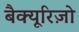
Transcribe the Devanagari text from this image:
बैक्यूरिज़ो